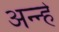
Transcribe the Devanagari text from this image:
अन्न्हे